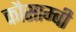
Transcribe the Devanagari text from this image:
कौसाम्बी